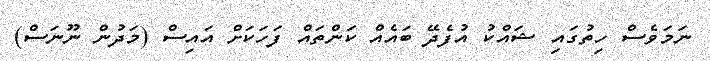
ނަމަވެސް ހިތުގައި ޝައްކު އުފެދޭ ބައެއް ކަންތައް ފަހަކަށް އައިސް (މަދުން ނޫނަސް)